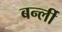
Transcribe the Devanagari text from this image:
बर्न्ली